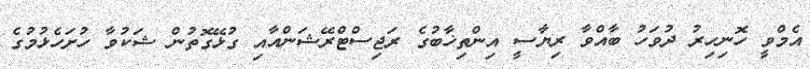
އެމްވީ ހޮނިހިރު ދުވަހު ބާއްވާ ރިޔާސީ އިންތިޚާބުގެ ރަޖިސްޓްރޭޝަންއާއި ގުޅޭގޮތުން ޝަކުވާ ހުށަހެޅުމުގެ